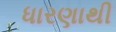
ધારણાથી